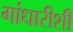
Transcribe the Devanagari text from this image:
गांधारीशी